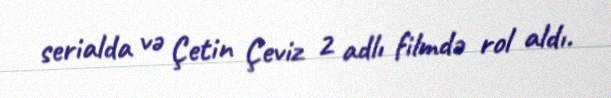
serialda və Çetin Çeviz 2 adlı filmdə rol aldı.